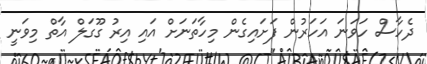
ދެހާސް ހަވަނަ އަހަރުން ފަށައިގެން މިހާތަނަށް އައި އިރު ގޫގަލް އާތް މިވަނީ